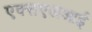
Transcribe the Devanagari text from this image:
एक्सएलआई